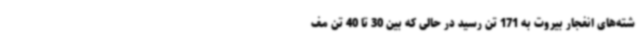
شته‌های انفجار بیروت به 171 تن رسید در حالی که بین 30 تا 40 تن مف